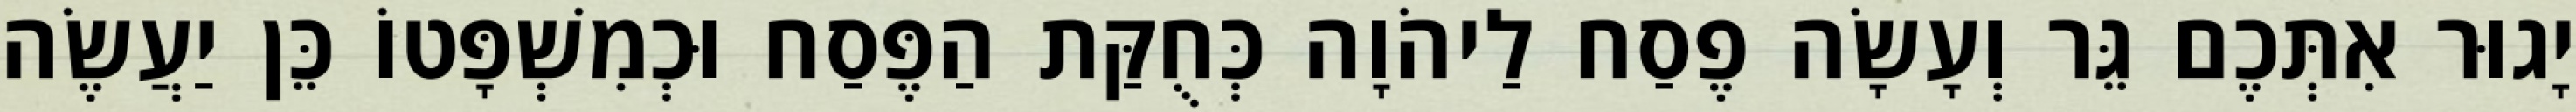
יָגוּר אִתְּכֶם גֵּר וְעָשָׂה פֶסַח לַיהֹוָה כְּחֻקַּת הַפֶּסַח וּכְמִשְׁפָּטוֹ כֵּן יַעֲשֶׂה